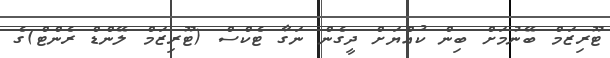
ޓޫރިޒަމް ބޭނުމަށް ބިން ކުއްޔަށް ދީގެން ނަގާ ޓެކްސް (ޓޫރިޒަމް ލޭންޑް ރެންޓް)ގެ